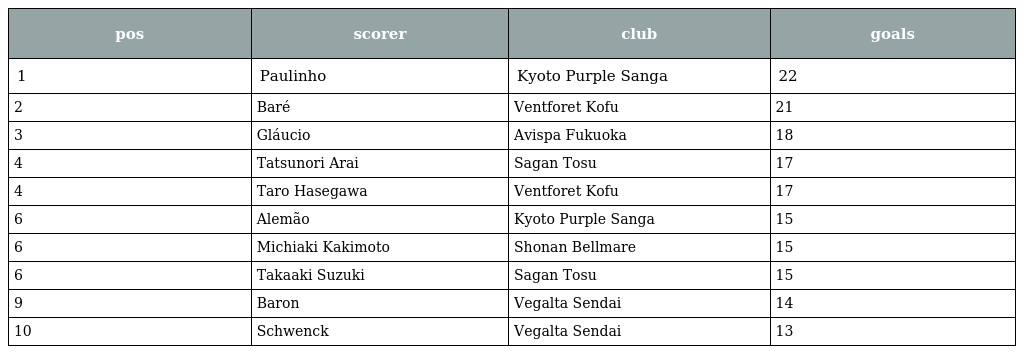
| pos | scorer | club | goals |
 | --- | --- | --- | --- |
 | 1 | Paulinho | Kyoto Purple Sanga | 22 |
 | 2 | Baré | Ventforet Kofu | 21 |
 | 3 | Gláucio | Avispa Fukuoka | 18 |
 | 4 | Tatsunori Arai | Sagan Tosu | 17 |
 | 4 | Taro Hasegawa | Ventforet Kofu | 17 |
 | 6 | Alemão | Kyoto Purple Sanga | 15 |
 | 6 | Michiaki Kakimoto | Shonan Bellmare | 15 |
 | 6 | Takaaki Suzuki | Sagan Tosu | 15 |
 | 9 | Baron | Vegalta Sendai | 14 |
 | 10 | Schwenck | Vegalta Sendai | 13 |